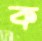
ক